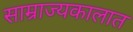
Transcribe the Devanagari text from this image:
साम्राज्यकालात